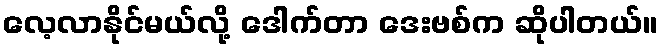
လေ့လာနိုင်မယ်လို့ ဒေါက်တာ ဒေးဗစ်က ဆိုပါတယ်။